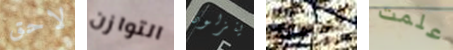
لاحق التوازن ينزلون تحدثه علمت